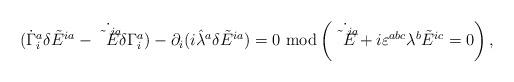
LaTeX: \begin{align*}(\dot\Gamma^a_i\delta\tilde E^{ia}-\dot{\tilde E^{ia}}\delta\Gamma^a_i)-\partial_i(i\hat\lambda^a\delta\tilde E^{ia})=0\ {\rm mod}\left(\dot{\tilde E^{ia}}+i\varepsilon^{abc}\lambda^b\tilde E^{ic}=0\right),\end{align*}